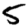
Digit: 5